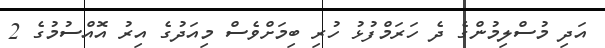
އަދި މުސްލިމުންގެ ދެ ހަރަމްފުޅު ހުރި ބިމަށްވެސް މިއަދުގެ އިރު އޮއްސުމުގެ 2